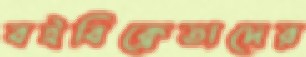
বইবিক্রেতাদের